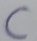
Text: C